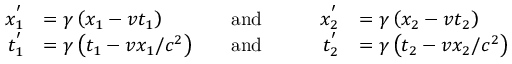
{ \begin{array} { r l r l r l } { x _ { 1 } ^ { ' } } & { = \gamma \left( x _ { 1 } - v t _ { 1 } \right) } & { \quad \mathrm { a n d } \quad } & { } & { x _ { 2 } ^ { ' } } & { = \gamma \left( x _ { 2 } - v t _ { 2 } \right) } \\ { t _ { 1 } ^ { ' } } & { = \gamma \left( t _ { 1 } - v x _ { 1 } / c ^ { 2 } \right) } & { \quad \mathrm { a n d } \quad } & { } & { t _ { 2 } ^ { ' } } & { = \gamma \left( t _ { 2 } - v x _ { 2 } / c ^ { 2 } \right) } \end{array} }